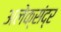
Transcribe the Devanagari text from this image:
अलेक्संद्र